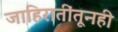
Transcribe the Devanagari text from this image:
जाहिरातींतूनही